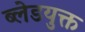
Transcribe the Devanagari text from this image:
ब्लेडयुक्त